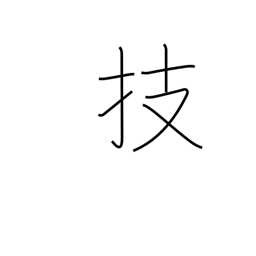
Meaning: arts